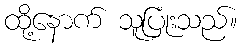
ထို့နောက် သူပြုံးသည်။